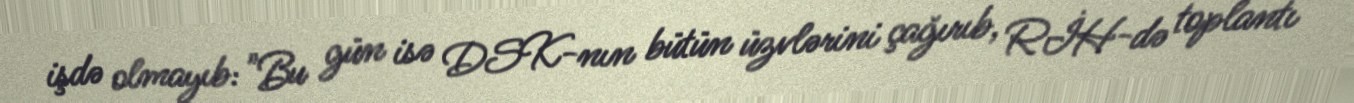
işdə olmayıb: "Bu gün isə DSK-nın bütün üzvlərini çağırıb, RİH-də toplantı